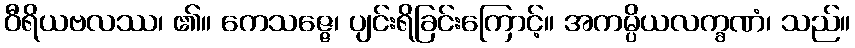
ဝီရိယဗလဿ၊ ၏။ ကေသဇ္ဇေ၊ ပျင်းရိခြင်းကြောင့်။ အကမ္ပိယလက္ခဏံ၊ သည်။